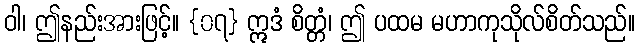
ဝါ၊ ဤနည်းအားဖြင့်။ {၀၇} ဣဒံ စိတ္တံ၊ ဤ ပထမ မဟာကုသိုလ်စိတ်သည်။